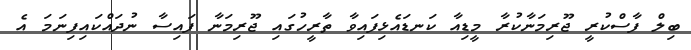
ބިލް ފާސްކުރީ ޖޫރިމަނާކުރާ މީޑިއާ ކަނޑައެޅިފައިވާ ތާރީހުގައި ޖޫރިމަނާ ފައިސާ ނުދައްކައިފިނަމަ އެ